Vaccination Hyderabad 1872-1889 - 1872-1889
Year: 1872
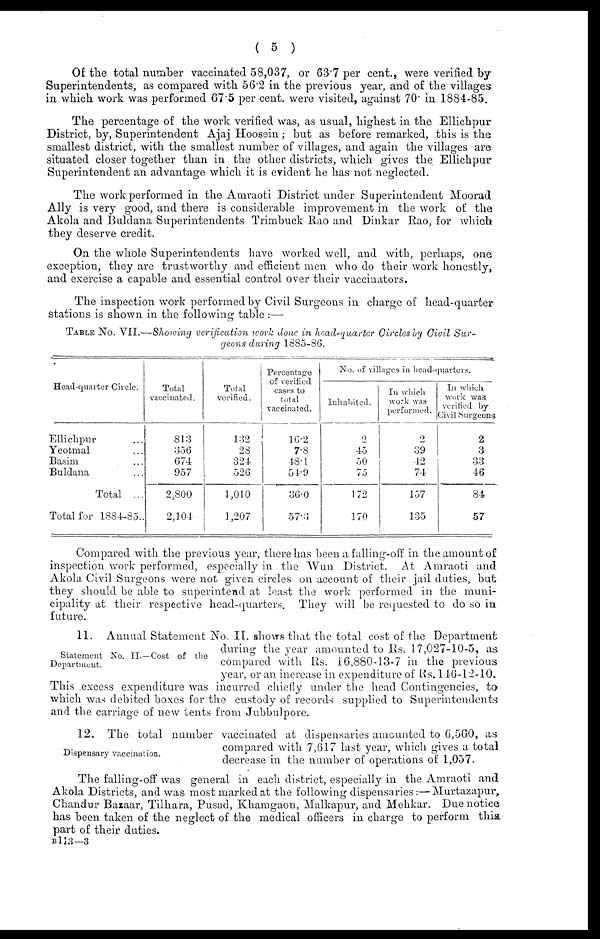
( 5 )
Of the total number vaccinated 58,037, or 63.7 per cent., were verified by
Superintendents, as compared with 56.2 in the previous year, and of the villages
in which work was performed 67.5 per cent. were visited, against 70. in 1884-85.
The percentage of the work verified was, as usual, highest in the Ellichpur
District, by, Superintendent Ajaj Hoosein ; but as before remarked, this is the
smallest district, with the smallest number of villages, and again the villages are
situated closer together than in the other districts, which gives the Ellichpur
Superintendent an advantage which it is evident he has not neglected.
The work performed in the Amraoti District under Superintendent Moorad
Ally is very good, and there is considerable improvement in the work of the
Akola and Buldana Superintendents Trimbuck Rao and Dinkar Rao, for which
they deserve credit.
On the whole Superintendents have worked well, and with, perhaps, one
exception, they are trustworthy and efficient men who do their work honestly,
and exercise a capable and essential control over their vaccinators.
The inspection work performed by Civil Surgeons in charge of head-quarter
stations is shown in the following table :—
TABLE No. VII.—Showing verification work done in head-quarter Circles by Civil Sur-
geons during 1885-86.
Head-quarter Circle.
Ellichpur ...
Yeotmal ...
Basim ...
Buldana ...
Total ...
Total for 1884-85..
Total
vaccinated.
813
356
674
957
2,800
2,104
Total
verified.
132
28
324
526
1,010
1,207
Percentage
of verified
cases to
total
vaccinated.
16.2
7.8
48.1
54.9
36.0
57.3
No. of villages in head-quarters.
Inhabited.
2
45
50
75
172
170
In which
work was
performed.
2
39
42
74
157
135
In which
work was
verified by
Civil Surgeons
2
3
33
46
84
57
Compared with the previous year, there has been a falling-off in the amount of
inspection work performed, especially in the Wun District. At Amraoti and
Akola Civil Surgeons were not given circles on account of their jail duties, but
they should be able to superintend at least the work performed in the muni-
cipality at their respective head-quarters. They will be requested to do so in
future.
Statement No. II.—Cost of the
Department.
11. Annual Statement No. II. shows that the total cost of the Department
during the year amounted to Rs. 17,027-10-5, as
compared with Rs. 16,880-13-7 in the previous
year, or an increase in expenditure of Rs. 146-12-10.
This excess expenditure was incurred chiefly under the head Contingencies, to
which was debited boxes for the custody of records supplied to Superintendents
and the carriage of new tents from Jubbulpore.
Dispensary vaccination.
12. The total number vaccinated at dispensaries amounted to 6,560, as
compared with 7,617 last year, which gives a total
decrease in the number of operations of: 1,057.
The falling-off was general in each district, especially in the Amraoti and
Akola Districts, and was most marked at the following dispensaries:—Murtazapur,
Chandur Bazaar, Tilhara, Pusad, Khamgaon, Malkapur, and Mehkar. Due notice
has been taken of the neglect of the medical officers in charge to perform this
part of their duties.
B113—3